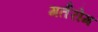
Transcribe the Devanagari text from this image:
गर्तरोम